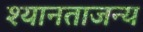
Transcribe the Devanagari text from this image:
श्यानताजन्य